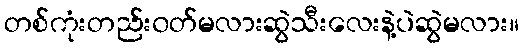
တစ်ကုံးတည်း၀တ်မလားဆွဲသီးလေးနဲ့ပဲဆွဲမလား။